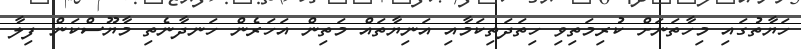
ހަޔާތުގައި މިހާތަނަށް ކުރިމަތިވި ހިތަދަތިކަމާއި އަނިޔާތައް މަތިން އަހަރެން ހަނދާނެތި މާޔޫސްކަން ފިލާ